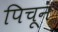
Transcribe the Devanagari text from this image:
पिचून